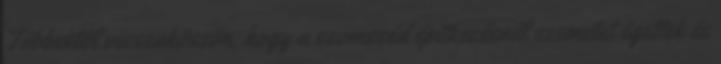
Többektől visszaköszön, hogy a szomszéd építkezésnél szemetet égettek és